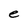
Character: e